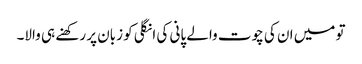
تو میں ان کی چوت والے پانی کی انگلی کو زبان پر رکھنے ہی والا۔